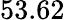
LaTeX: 53.62